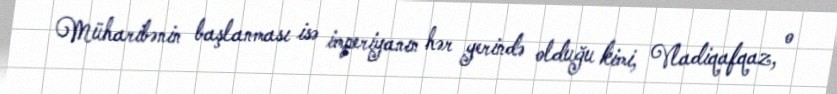
Müharibənin başlanması isə imperiyanın hər yerində olduğu kimi, Vladiqafqaz, o